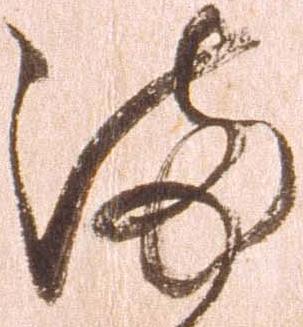
満